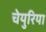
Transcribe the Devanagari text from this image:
चेयुरिया